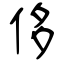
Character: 侈